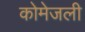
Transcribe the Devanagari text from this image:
कोमेजली